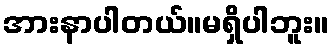
အားနာပါတယ်။မရှိပါဘူး။